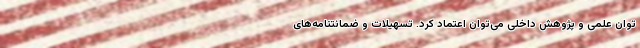
توان علمی و پژوهش داخلی می‌توان اعتماد کرد. تسهیلات و ضمانتنامه‌های